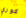
كوري